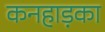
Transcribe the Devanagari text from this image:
कनहाड़का